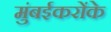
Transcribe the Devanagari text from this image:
मुंबईकरोंके